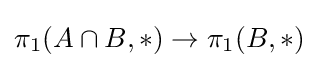
\pi _{1}(A\cap B,*)\to \pi _{1}(B,*)